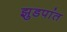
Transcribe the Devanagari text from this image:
झुडपांत